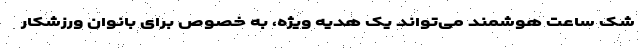
شک ساعت هوشمند می‌تواند یک هدیه ویژه، به خصوص برای بانوان ورزشکار